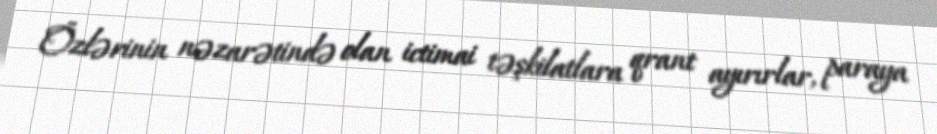
Özlərinin nəzarətində olan ictimai təşkilatlara qrant ayırırlar, paraya